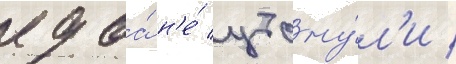
едва́ н'е́ утону́л'и /